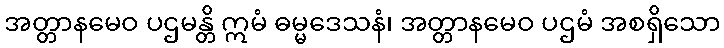
အတ္တာနမေဝ ပဌမန္တိ ဣမံ ဓမ္မဒေသနံ၊ အတ္တာနမေဝ ပဌမံ အစရှိသော